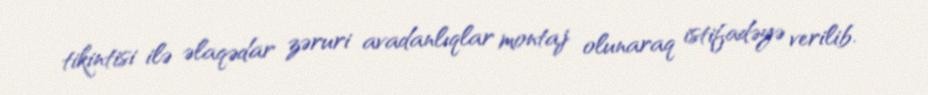
tikintisi ilə əlaqədar zəruri avadanlıqlar montaj olunaraq istifadəyə verilib.